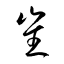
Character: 崔